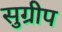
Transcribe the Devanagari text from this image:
सुग्रीप